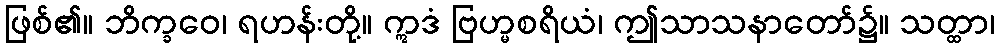
ဖြစ်၏။ ဘိက္ခဝေ၊ ရဟန်းတို့။ ဣဒံ ဗြဟ္မစရိယံ၊ ဤသာသနာတော်၌။ သတ္ထာ၊